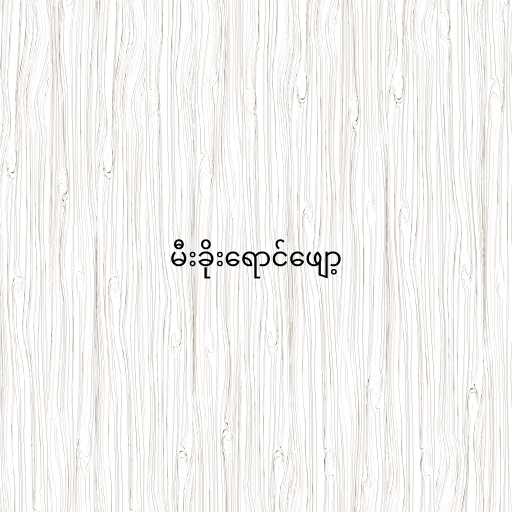
မီးခိုးရောင်ဖျော့